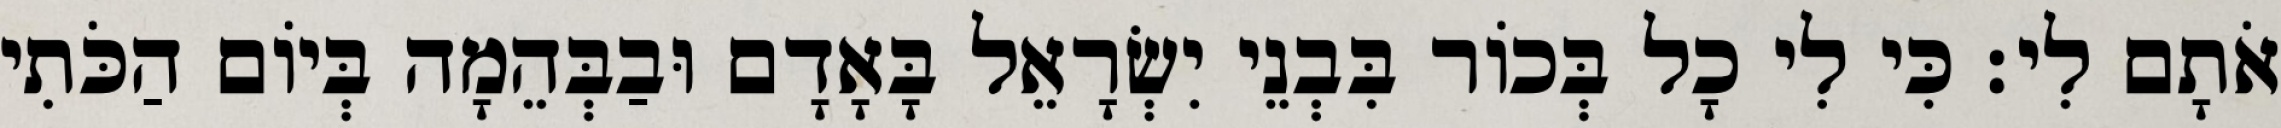
אֹתָם לִי׃ כִּי לִי כָל בְּכוֹר בִּבְנֵי יִשְׂרָאֵל בָּאָדָם וּבַבְּהֵמָה בְּיוֹם הַכֹּתִי